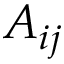
A _ { i j }